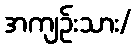
အကျဉ်းသား/